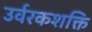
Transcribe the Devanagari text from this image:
उर्वरकशक्ति